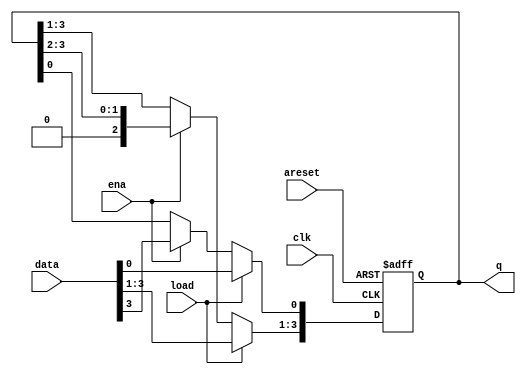
module top_module(
    input clk,
    input areset,  // async active-high reset to zero
    input load,
    input ena,
    input [3:0] data,
    output reg [3:0] q); 

    reg [3:0] d;
    reg [3:0] q_reg;

    always @(posedge clk or posedge areset) begin
        if (areset) begin
            q_reg <= 4'b0;
        end else begin
            if (load) begin
                q_reg <= data;
            end else if (ena) begin
                q_reg <= q_reg >> 1;
                q_reg[0] <= data[3];
            end
        end
    end

    assign q = q_reg;

endmodule